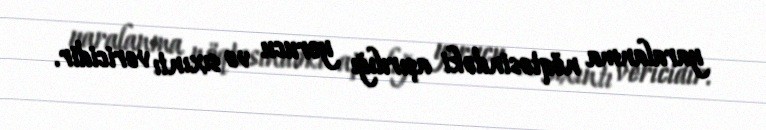
yaralanma nöqtəsindəki aşırılığı yorucu və sıxıntı vericidir.